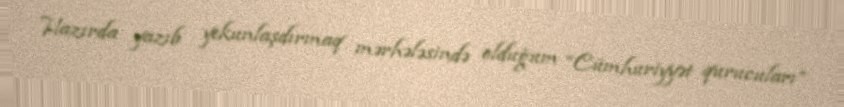
Hazırda yazıb yekunlaşdırmaq mərhələsində olduğum “Cümhuriyyət qurucuları”